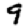
Digit: 9